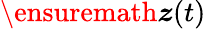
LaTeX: \ensuremath{\boldsymbol{z}}(t)